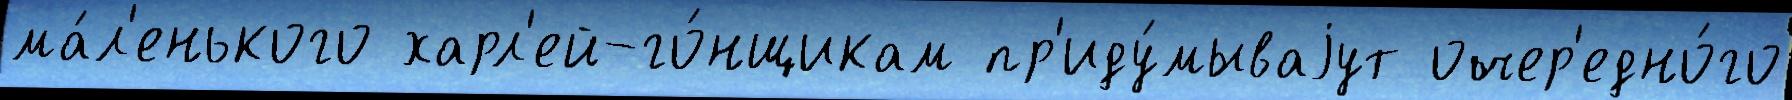
ма́л'енького харл'ей-го́нщикам пр'иду́мываjут очер'едно́го